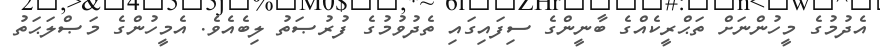
އެދުމުގެ މީހުންނަށް ތަޙްރީކެއްގެ ބާނީންގެ ސިފައިގައި ތެދުވުމުގެ ފުރުޞަތު ލިބެއެވެ. އެމީހުންގެ މަޞްލަޙަތު